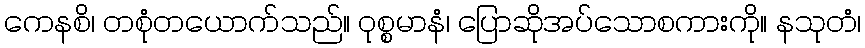
ကေနစိ၊ တစုံတယောက်သည်။ ဝုစ္စမာနံ၊ ပြောဆိုအပ်သောစကားကို။ နသုတံ၊